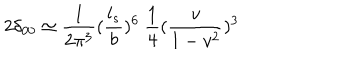
LaTeX: 2 \delta _ { 0 0 } \simeq { \frac { 1 } { 2 \pi ^ { 3 } } } ( { \frac { l _ { s } } { b } } ) ^ { 6 } ~ { \frac { 1 } { 4 } } ( { \frac { v } { 1 - v ^ { 2 } } } ) ^ { 3 }